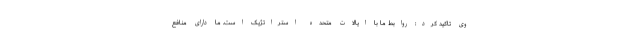
وی تاکید کرد: روابط ما با ایالات متحده استراتژیک است. ما دارای منافع